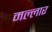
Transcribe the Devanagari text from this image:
मल्लार